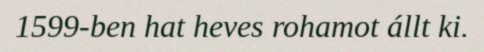
1599-ben hat heves rohamot állt ki.